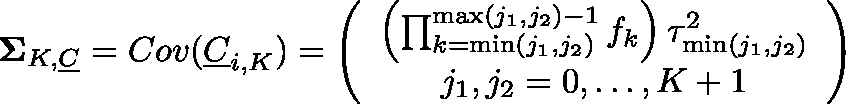
\begin{array} { r } { \mathbf { \Sigma } _ { K , \underline { { C } } } = C o v ( \underline { { C } } _ { i , K } ) = \left( \begin{array} { c } { \left( \prod _ { k = \operatorname* { m i n } ( j _ { 1 } , j _ { 2 } ) } ^ { \operatorname* { m a x } ( j _ { 1 } , j _ { 2 } ) - 1 } f _ { k } \right) \tau _ { \operatorname* { m i n } ( j _ { 1 } , j _ { 2 } ) } ^ { 2 } } \\ { j _ { 1 } , j _ { 2 } = 0 , \ldots , K + 1 } \end{array} \right) } \end{array}